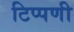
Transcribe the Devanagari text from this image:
टिप्‍पणी